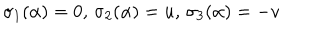
\sigma _ { 1 } ( \alpha ) = 0 , \, \sigma _ { 2 } ( \alpha ) = u , \, \sigma _ { 3 } ( \alpha ) = - v